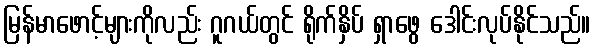
မြန်မာဖောင့်များကိုလည်း ဂူဂယ်တွင် ရိုက်နှိပ် ရှာဖွေ ဒေါင်းလုပ်နိုင်သည်။